Streptothrix isolated from the spleen of a leper - Number 51
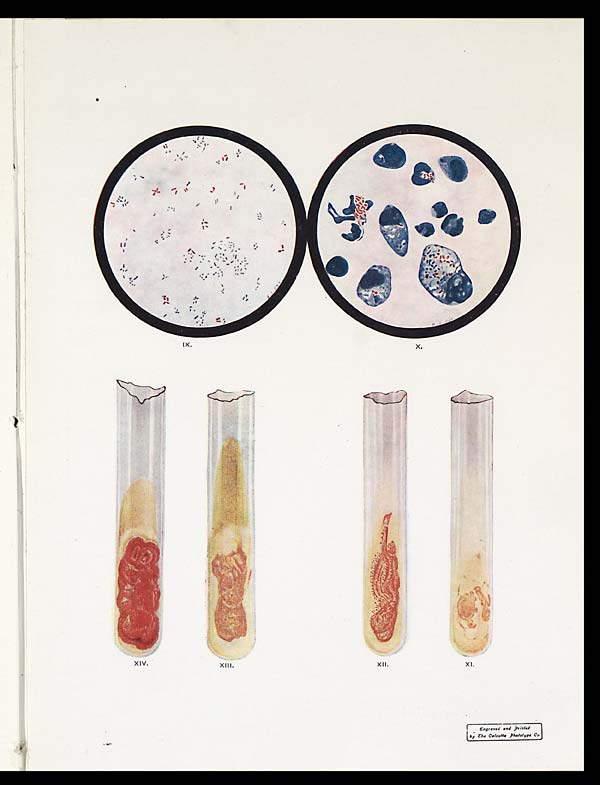
XIII.
XII.
XI.
E n g r a v e d a n d P r i n t e d
IX.
X.
XIV.
by the Calcutta Phototype Co.